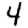
Digit: 4